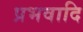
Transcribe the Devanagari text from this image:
प्रभवादि